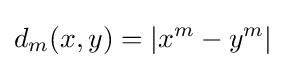
d_{m}(x,y)=\left|x^{m}-y^{m}\right|